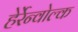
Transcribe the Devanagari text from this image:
हेर्रेन्वोल्क